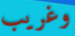
وغريب